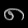
Digit: ၈